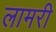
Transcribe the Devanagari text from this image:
लामरी